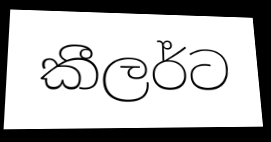
කීලර්ට